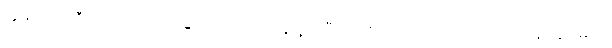
ကျွန်တော်ဆီ စာ လာသင်တဲ့ ကျောင်းသားတွေရဲ့ ကိုရီးယားစာ အရည်အချင်းကို တာဝန် ယူပါမယ်။